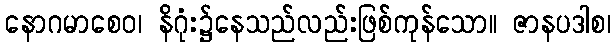
နောဂမာစေဝ၊ နိဂုံး၌နေသည်လည်းဖြစ်ကုန်သော။ ဇာနပဒါစ၊